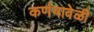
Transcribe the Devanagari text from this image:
कर्णयावेळी